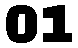
01